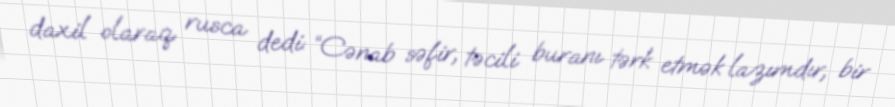
daxil olaraq rusca dedi: “Cənab səfir, təcili buranı tərk etmək lazımdır, bir